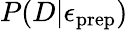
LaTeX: P(D|\epsilon_{\mathrm{prep}})